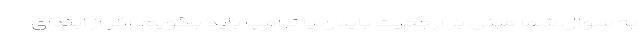
به سوال شما مبنی بر ارجحیت بایدن یا ترامپ باید بگویم، اگر از ابتدای